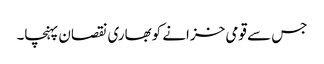
جس سے قومی خزانے کوبھاری نقصان پہنچا۔